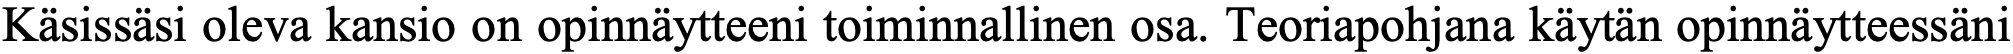
Käsissäsi oleva kansio on opinnäytteeni toiminnallinen osa. Teoriapohjana käytän opinnäytteessäni